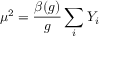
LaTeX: \mu ^ { 2 } = \frac { \beta ( g ) } { g } \sum _ { i } Y _ { i }